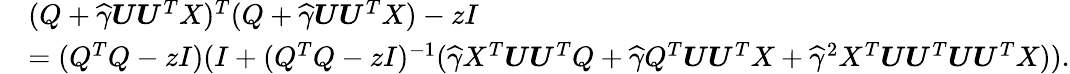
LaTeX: \begin{array}{rl}&{(Q+\widehat\gamma{\boldsymbol U}{\boldsymbol U}^{T}X)^{T}(Q+\widehat\gamma{\boldsymbol U}{\boldsymbol U}^{T}X)-zI}\\ &{=(Q^{T}Q-zI)(I+(Q^{T}Q-zI)^{-1}(\widehat\gamma X^{T}{\boldsymbol U}{\boldsymbol U}^{T}Q+\widehat\gamma Q^{T}{\boldsymbol U}{\boldsymbol U}^{T}X+\widehat\gamma^{2}X^{T}{\boldsymbol U}{\boldsymbol U}^{T}{\boldsymbol U}{\boldsymbol U}^{T}X)).}\end{array}